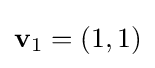
\mathbf {v} _{1}=(1,1)